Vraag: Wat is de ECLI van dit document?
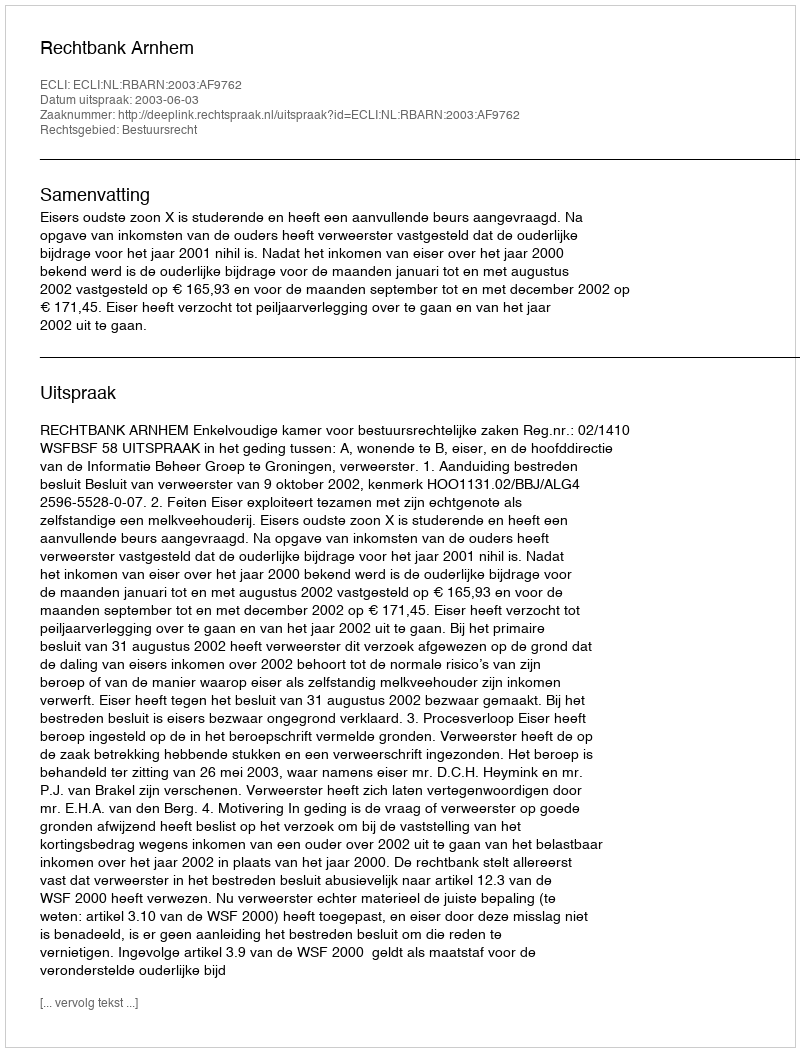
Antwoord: ECLI:NL:RBARN:2003:AF9762